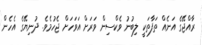
ރާއްޖޭގެ އަނެއް ތަފާތަކީ ލިބުނު ވެކްސިން ވަރަށް އަވަހަށް ޖެހުމެވެ. ދުނިޔޭގެ އެހެން